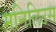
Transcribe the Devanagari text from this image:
मनिलिउस